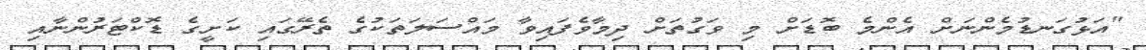
"އަޅުގަނޑުމެންނަށް އެންމެ ބޮޑަށް މި ވަގުތަށް ދިމާވެފައިވާ މައްސަލަތަކުގެ ތެރޭގައި ކަށީގެ ޑޮކްޓަރުންނާއި